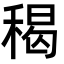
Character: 䅥